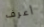
أعرف